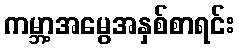
ကမ္ဘာ့အမွေအနှစ်စာရင်း